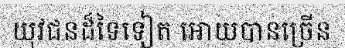
យុវជនដ៏ទៃទៀត អោយបានច្រើន